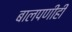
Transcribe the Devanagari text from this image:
बालपणीही